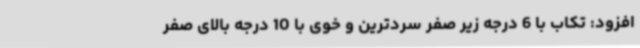
افزود: تکاب با 6 درجه زیر صفر سردترین و خوی با 10 درجه بالای صفر